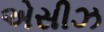
એસીઝ